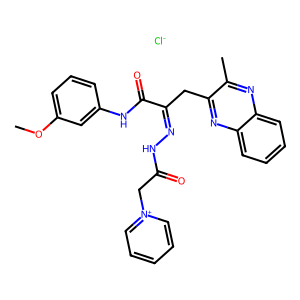
SMILES: COc1cccc(NC(=O)C(Cc2nc3ccccc3nc2C)=NNC(=O)C[n+]2ccccc2)c1.[Cl-]
Inhibits HIV replication: No